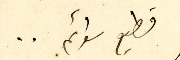
قطيع سوائم ..